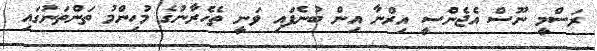
ރަސްމީ ނޫސް އެޖެންސީ އިރްނާ އިން ބުނެފައި ވަނީ ތެހެރާނުގެ މުހިންމު ތަންތަނުގައި